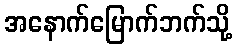
အနောက်မြောက်ဘက်သို့